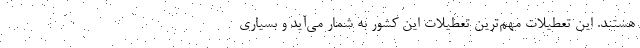
هستند. این تعطیلات مهم‌ترین تعطیلات این کشور به شمار می‌آید و بسیاری